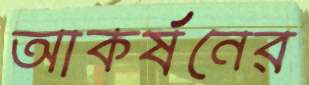
আকর্ষনের